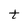
Character: t